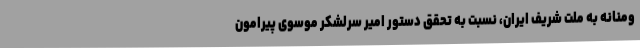
ومنانه به ملت شریف ایران، نسبت به تحقق دستور امیر سرلشکر موسوی پیرامون